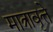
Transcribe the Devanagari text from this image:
मात्रावृत्ते